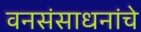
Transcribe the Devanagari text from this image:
वनसंसाधनांचे